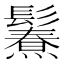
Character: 𩯥